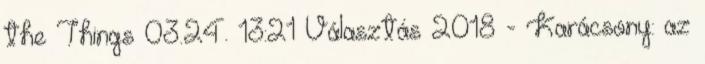
the Things 03.24. 13:21 Választás 2018 - Karácsony: az